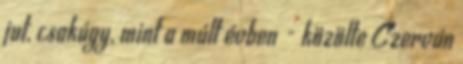
jut, csakúgy, mint a múlt évben - közölte Czerván